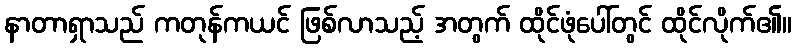
နာတာရှာသည် ကတုန်ကယင် ဖြစ်လာသည့် အတွက် ထိုင်ဖုံပေါ်တွင် ထိုင်လိုက်၏။